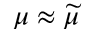
\mu \approx \widetilde { \mu }